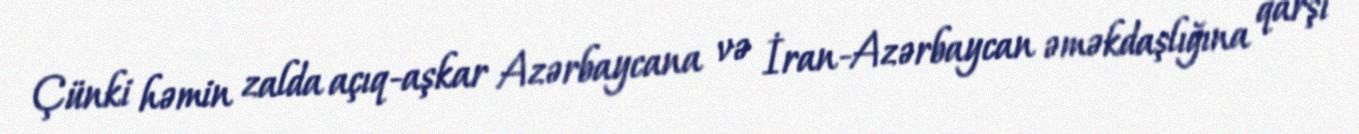
Çünki həmin zalda açıq-aşkar Azərbaycana və İran-Azərbaycan əməkdaşlığına qarşı